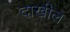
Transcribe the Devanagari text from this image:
दाखील